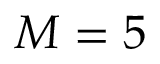
M = 5